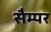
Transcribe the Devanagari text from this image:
सैम्पर